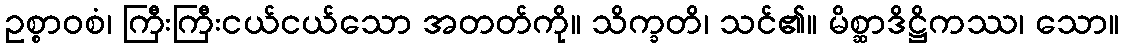
ဥစ္စာဝစံ၊ ကြီးကြီးငယ်ငယ်သော အတတ်ကို။ သိက္ခတိ၊ သင်၏။ မိစ္ဆာဒိဋ္ဌိကဿ၊ သော။